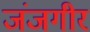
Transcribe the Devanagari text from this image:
जंजगीर